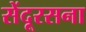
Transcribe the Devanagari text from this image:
सेंदूरसना